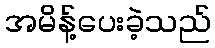
အမိန့်ပေးခဲ့သည်